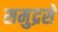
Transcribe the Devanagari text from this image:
समुद्रसे